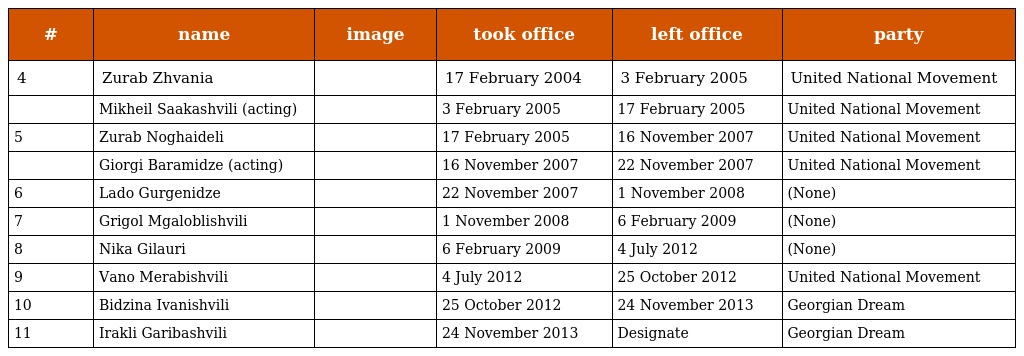
| # | name | image | took office | left office | party |
 | --- | --- | --- | --- | --- | --- |
 | 4 | Zurab Zhvania |  | 17 February 2004 | 3 February 2005 | United National Movement |
 |  | Mikheil Saakashvili (acting) |  | 3 February 2005 | 17 February 2005 | United National Movement |
 | 5 | Zurab Noghaideli |  | 17 February 2005 | 16 November 2007 | United National Movement |
 |  | Giorgi Baramidze (acting) |  | 16 November 2007 | 22 November 2007 | United National Movement |
 | 6 | Lado Gurgenidze |  | 22 November 2007 | 1 November 2008 | (None) |
 | 7 | Grigol Mgaloblishvili |  | 1 November 2008 | 6 February 2009 | (None) |
 | 8 | Nika Gilauri |  | 6 February 2009 | 4 July 2012 | (None) |
 | 9 | Vano Merabishvili |  | 4 July 2012 | 25 October 2012 | United National Movement |
 | 10 | Bidzina Ivanishvili |  | 25 October 2012 | 24 November 2013 | Georgian Dream |
 | 11 | Irakli Garibashvili |  | 24 November 2013 | Designate | Georgian Dream |